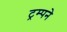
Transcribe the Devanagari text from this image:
ट्रम्पने